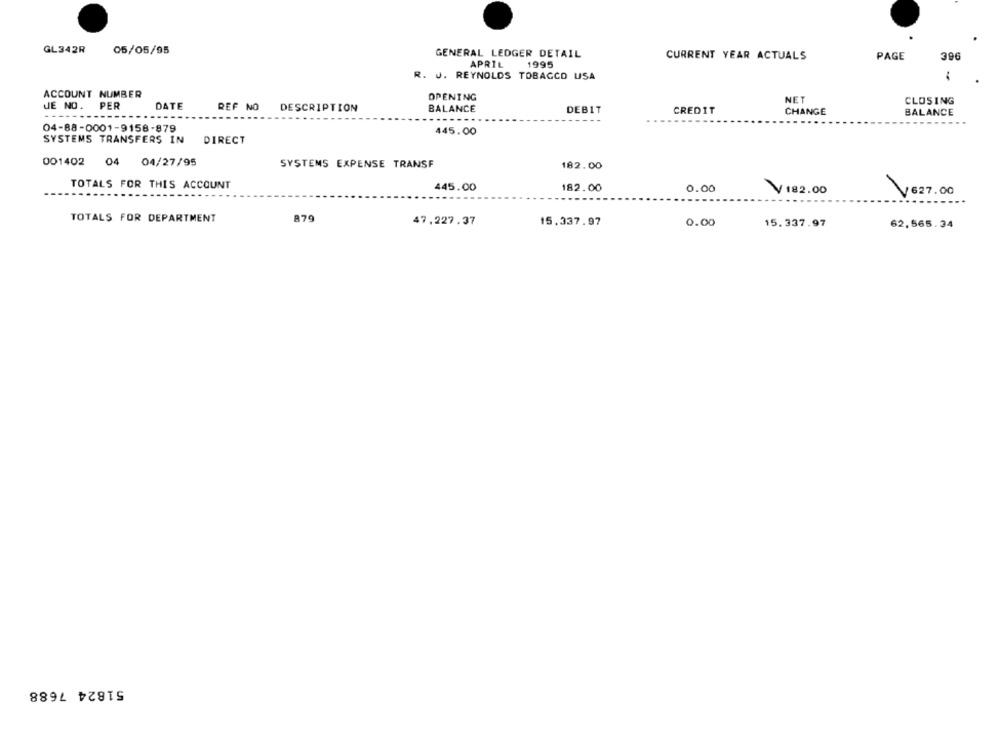
GL342R
05/05/95
GENERAL LEDGER DETAIL
CURRENT YEAR ACTUALS
PAGE
396
APRIL
1995
R. J. REYNOLDS TOBACCO USA
ACCOUNT NUMBER
OPENING
NET
CLOSING
JE NO.
PER
DATE
REF NO DESCRIPTION
BALANCE
DEBIT
CREDIT
CHANGE
BALANCE
04-88-0001-9158-879
445.00
SYSTEMS TRANSFERS IN
DIRECT
001402 04 04/27/95
SYSTEMS EXPENSE TRANSF
182.00
TOTALS FOR THIS ACCOUNT
445.00
182.00
0.00
V 182.00
V627.00
TOTALS FOR DEPARTMENT
879
47.227.37
15.337.97
0.00
15.337.97
62,565.34
51824 7688